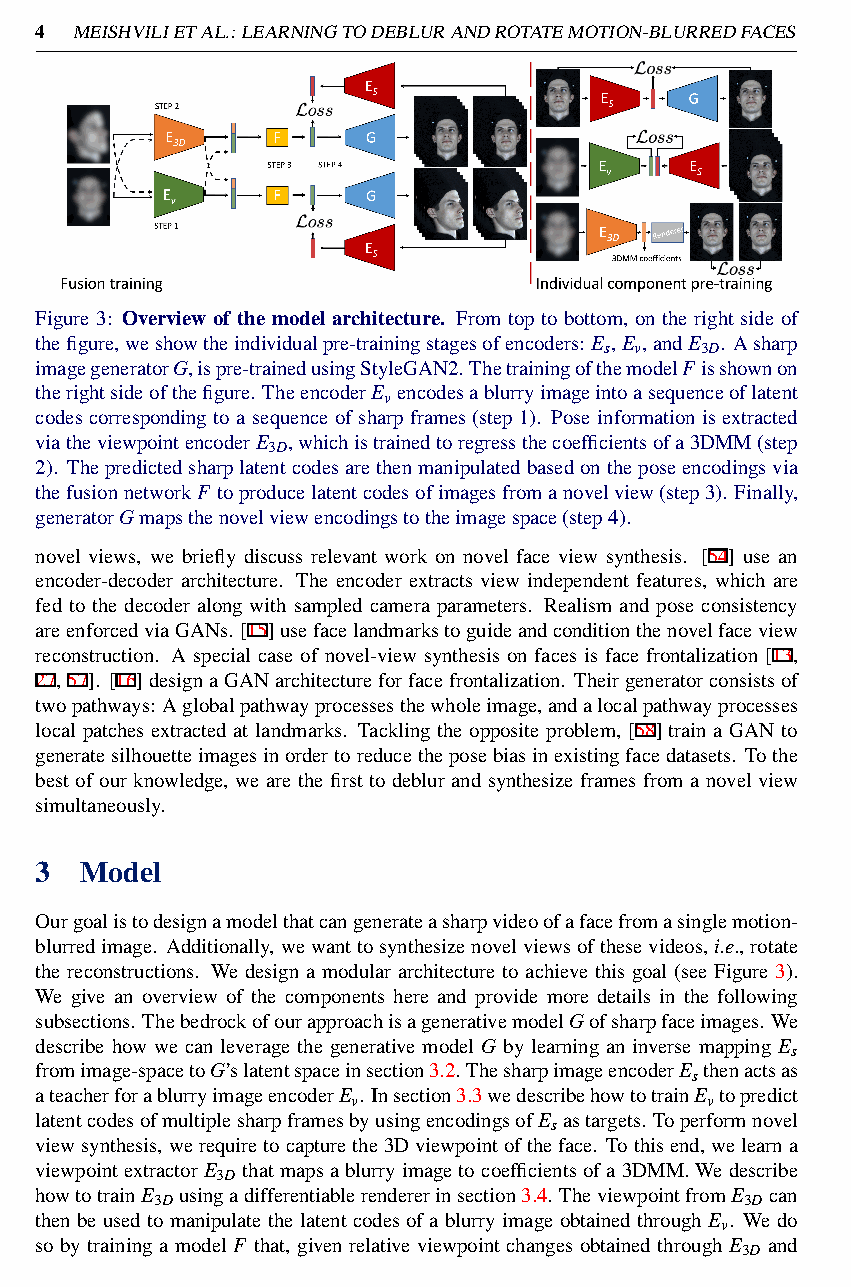
4  MEISHVILIETAL.:LEARNINGTODEBLURANDROTATEMOTION-BLURREDFACES
 Figure 3: Overview of the model architecture. From top to bottom, on the right side of
 thefigure,weshowtheindividualpre-trainingstagesofencoders: E ,E ,andE . Asharp
 s v   3D
 imagegeneratorG,ispre-trainedusingStyleGAN2.ThetrainingofthemodelFisshownon
 therightsideofthefigure. TheencoderE encodesablurryimageintoasequenceoflatent
 v
 codes corresponding to a sequence of sharp frames (step 1). Pose information is extracted
 viatheviewpointencoderE ,whichistrainedtoregressthecoefficientsofa3DMM(step
 3D
 2). Thepredictedsharplatentcodesarethenmanipulatedbasedontheposeencodingsvia
 thefusionnetworkF toproducelatentcodesofimagesfromanovelview(step3). Finally,
 generatorGmapsthenovelviewencodingstotheimagespace(step4).
 novel views, we briefly discuss relevant work on novel face view synthesis. [54] use an
 encoder-decoder architecture. The encoder extracts view independent features, which are
 fed to the decoder along with sampled camera parameters. Realism and pose consistency
 areenforcedviaGANs. [15]usefacelandmarkstoguideandconditionthenovelfaceview
 reconstruction. A special case of novel-view synthesis on faces is face frontalization [13,
 27,57]. [16]designaGANarchitectureforfacefrontalization. Theirgeneratorconsistsof
 twopathways: Aglobalpathwayprocessesthewholeimage,andalocalpathwayprocesses
 local patches extracted at landmarks. Tackling the opposite problem, [58] train a GAN to
 generatesilhouetteimagesinordertoreducetheposebiasinexistingfacedatasets. Tothe
 best of our knowledge, we are the first to deblur and synthesize frames from a novel view
 simultaneously.
 3  Model
 Ourgoalistodesignamodelthatcangenerateasharpvideoofafacefromasinglemotion-
 blurredimage. Additionally,wewanttosynthesizenovelviewsofthesevideos,i.e.,rotate
 the reconstructions. We design a modular architecture to achieve this goal (see Figure 3).
 We give an overview of the components here and provide more details in the following
 subsections. ThebedrockofourapproachisagenerativemodelGofsharpfaceimages. We
 describe how we can leverage the generative model G by learning an inverse mapping E
 s
 fromimage-spacetoG’slatentspaceinsection3.2. ThesharpimageencoderE thenactsas
 s
 ateacherforablurryimageencoderE . Insection3.3wedescribehowtotrainE topredict
 v                       v
 latentcodesofmultiplesharpframesbyusingencodingsofE astargets. Toperformnovel
 s
 viewsynthesis,werequiretocapturethe3Dviewpointoftheface. Tothisend,welearna
 viewpointextractorE thatmapsablurryimagetocoefficientsofa3DMM.Wedescribe
 3D
 howtotrainE usingadifferentiablerendererinsection3.4. TheviewpointfromE can
 3D                                     3D
 then be used to manipulate the latent codes of a blurry image obtained through E . We do
 v
 so by training a model F that, given relative viewpoint changes obtained through E and
 3D